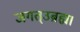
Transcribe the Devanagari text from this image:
जगत्उब्रह्म।